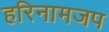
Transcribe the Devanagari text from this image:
हरिनामजप